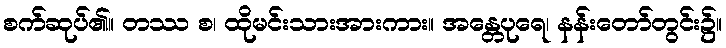
စက်ဆုပ်၏။ တဿ စ၊ ထိုမင်းသားအားကား။ အန္တေပုရေ၊ နန်းတော်တွင်း၌။